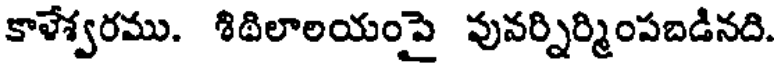
కాళేశ్వరము. శిథిలాలయంపై వునర్నిర్మింపబడినది.